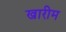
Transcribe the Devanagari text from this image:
खारीम